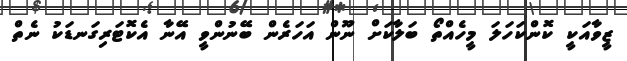
ޒީވާއަކީ ކޮންކަހަލަ މީހެއްތޯ ބަލާކަށް ނޫން އަހަރެން ބޭނުންވީ އޭނާ އެކޮޓަރިގަނޑަކު ނެތް